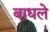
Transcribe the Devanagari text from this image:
बाधले